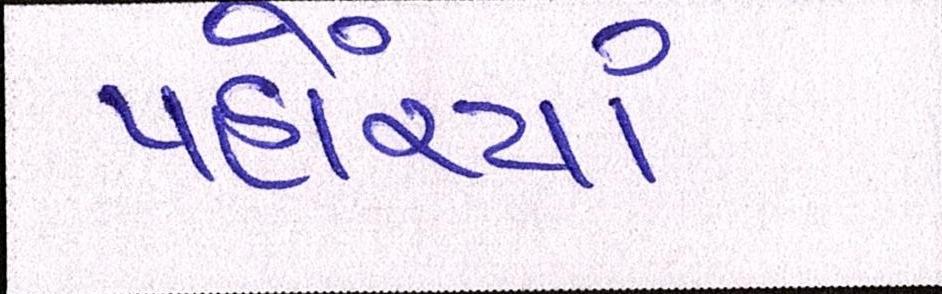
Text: પહોંચ્યાં